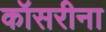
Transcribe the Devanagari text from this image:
कॉसरीना